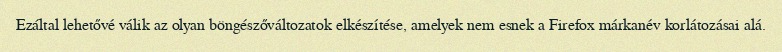
Ezáltal lehetővé válik az olyan böngészőváltozatok elkészítése, amelyek nem esnek a Firefox márkanév korlátozásai alá.